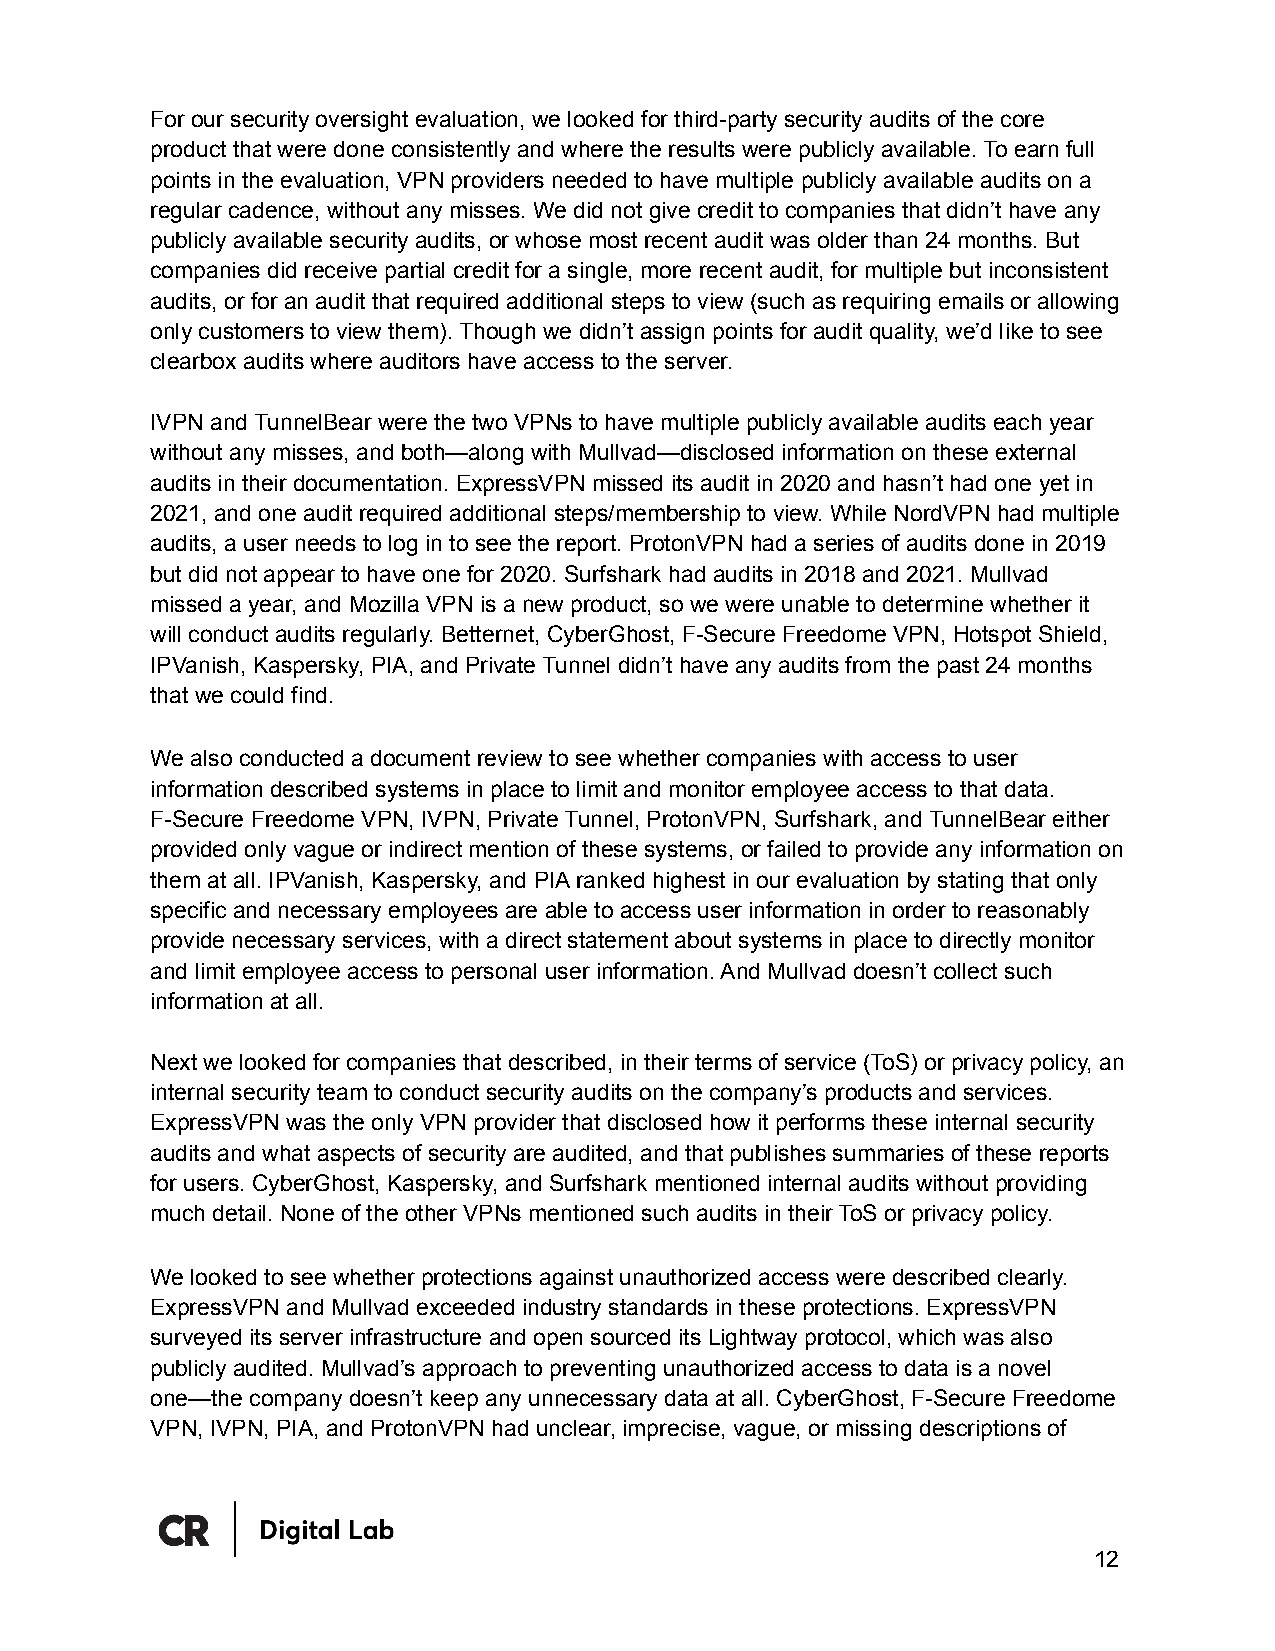
For our security oversight evaluation, we looked for third-party security audits of the core
 product that were done consistently and where the results were publicly available. To earn full
 points in the evaluation, VPN providers needed to have multiple publicly available audits on a
 regular cadence, without any misses. We did not give credit to companies that didn’t have any
 publicly available security audits, or whose most recent audit was older than 24 months. But
 companies did receive partial credit for a single, more recent audit, for multiple but inconsistent
 audits, or for an audit that required additional steps to view (such as requiring emails or allowing
 only customers to view them). Though we didn’t assign points for audit quality, we’d like to see
 clearbox audits where auditors have access to the server.
 IVPN and TunnelBear were the two VPNs to have multiple publicly available audits each year
 without any misses, and both—along with Mullvad—disclosed information on these external
 audits in their documentation. ExpressVPN missed its audit in 2020 and hasn’t had one yet in
 2021, and one audit required additional steps/membership to view. While NordVPN had multiple
 audits, a user needs to log in to see the report. ProtonVPN had a series of audits done in 2019
 but did not appear to have one for 2020. Surfshark had audits in 2018 and 2021. Mullvad
 missed a year, and Mozilla VPN is a new product, so we were unable to determine whether it
 will conduct audits regularly. Betternet, CyberGhost, F-Secure Freedome VPN, Hotspot Shield,
 IPVanish, Kaspersky, PIA, and Private Tunnel didn’t have any audits from the past 24 months
 that we could find.
 We also conducted a document review to see whether companies with access to user
 information described systems in place to limit and monitor employee access to that data.
 F-Secure Freedome VPN, IVPN, Private Tunnel, ProtonVPN, Surfshark, and TunnelBear either
 provided only vague or indirect mention of these systems, or failed to provide any information on
 them at all. IPVanish, Kaspersky, and PIA ranked highest in our evaluation by stating that only
 specific and necessary employees are able to access user information in order to reasonably
 provide necessary services, with a direct statement about systems in place to directly monitor
 and limit employee access to personal user information. And Mullvad doesn’t collect such
 information at all.
 Next we looked for companies that described, in their terms of service (ToS) or privacy policy, an
 internal security team to conduct security audits on the company’s products and services.
 ExpressVPN was the only VPN provider that disclosed how it performs these internal security
 audits and what aspects of security are audited, and that publishes summaries of these reports
 for users. CyberGhost, Kaspersky, and Surfshark mentioned internal audits without providing
 much detail. None of the other VPNs mentioned such audits in their ToS or privacy policy.
 We looked to see whether protections against unauthorized access were described clearly.
 ExpressVPN and Mullvad exceeded industry standards in these protections. ExpressVPN
 surveyed its server infrastructure and open sourced its Lightway protocol, which was also
 publicly audited. Mullvad’s approach to preventing unauthorized access to data is a novel
 one—the company doesn’t keep any unnecessary data at all. CyberGhost, F-Secure Freedome
 VPN, IVPN, PIA, and ProtonVPN had unclear, imprecise, vague, or missing descriptions of
 12